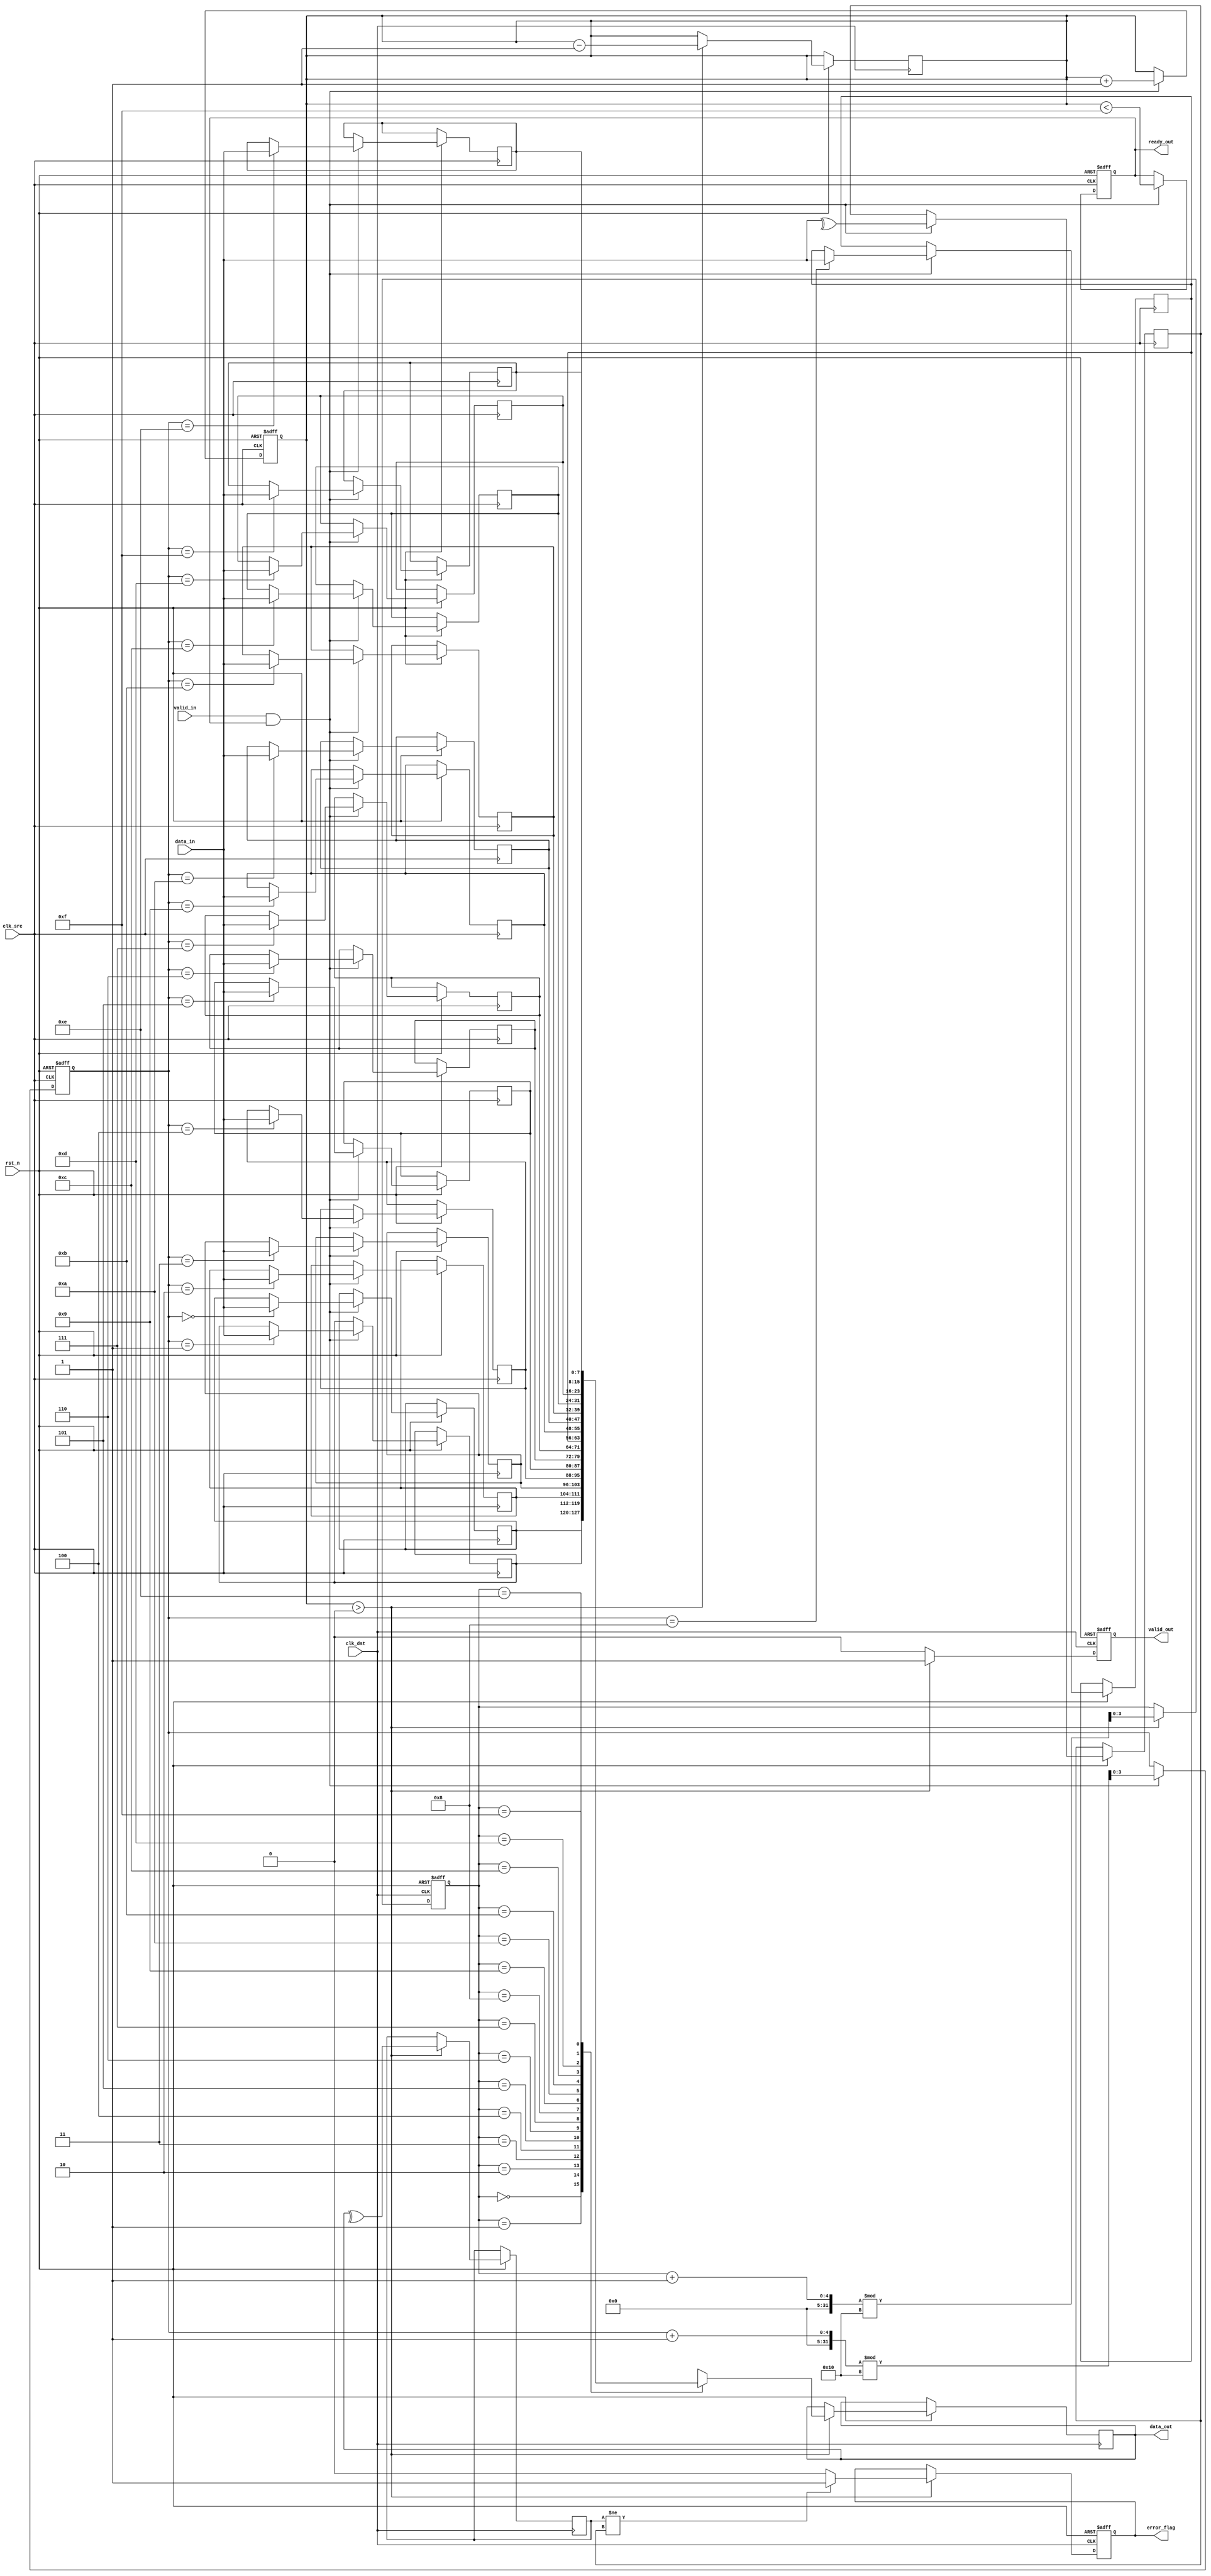
module cdc_memory_block #(
    parameter DATA_WIDTH = 8,
    parameter FIFO_DEPTH = 16
)(
    input wire clk_src,               // Source clock
    input wire clk_dst,               // Destination clock
    input wire rst_n,                 // Active low reset
    input wire [DATA_WIDTH-1:0] data_in, // Data input from source clock domain
    input wire valid_in,              // Valid signal for input data
    output reg ready_out,             // Ready signal for source clock domain
    output reg [DATA_WIDTH-1:0] data_out, // Data output to destination clock domain
    output reg error_flag,            // Error flag for detected errors
    output reg valid_out              // Valid signal for output data
);

    // Internal signals
    reg [DATA_WIDTH-1:0] fifo_mem[FIFO_DEPTH-1:0]; // FIFO memory
    reg [3:0] write_ptr, read_ptr; // FIFO pointers
    reg [3:0] fifo_count; // FIFO count
    reg parity_bit; // Parity bit for error detection
    reg parity_check; // Parity check for received data

    // Write data and parity bit into FIFO
    always @(posedge clk_src or negedge rst_n) begin
        if (!rst_n) begin
            write_ptr <= 0;
            fifo_count <= 0;
            ready_out <= 1;
        end else if (valid_in && ready_out) begin
            fifo_mem[write_ptr] <= data_in;
            parity_bit <= ^data_in; // Generate parity bit
            write_ptr <= (write_ptr + 1) % FIFO_DEPTH;
            fifo_count <= fifo_count + 1;
            ready_out <= (fifo_count < FIFO_DEPTH - 1); // Update ready signal
        end
    end

    // Read data and check parity bit
    always @(posedge clk_dst or negedge rst_n) begin
        if (!rst_n) begin
            read_ptr <= 0;
            valid_out <= 0;
            error_flag <= 0;
        end else if (fifo_count > 0) begin
            data_out <= fifo_mem[read_ptr];
            parity_check <= ^data_out; // Check parity
            if (parity_check != parity_bit) begin
                error_flag <= 1; // Set error flag if parity does not match
            end else begin
                error_flag <= 0; // Clear error flag if no error
            end
            read_ptr <= (read_ptr + 1) % FIFO_DEPTH;
            fifo_count <= fifo_count - 1;
            valid_out <= 1; // Set valid output signal
        end else begin
            valid_out <= 0; // Clear valid signal if no data
        end
    end

    // Synchronization for valid signal
    reg valid_sync1, valid_sync2;
    always @(posedge clk_dst or negedge rst_n) begin
        if (!rst_n) begin
            valid_sync1 <= 0;
            valid_sync2 <= 0;
        end else begin
            valid_sync1 <= valid_in;
            valid_sync2 <= valid_sync1; // Two-stage synchronization
        end
    end

endmodule